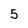
Character: 5